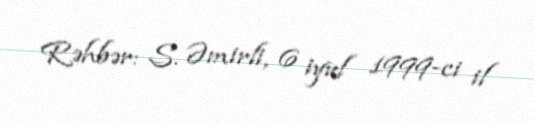
Rəhbər: S. Əmirli, 6 iyul 1999-ci il